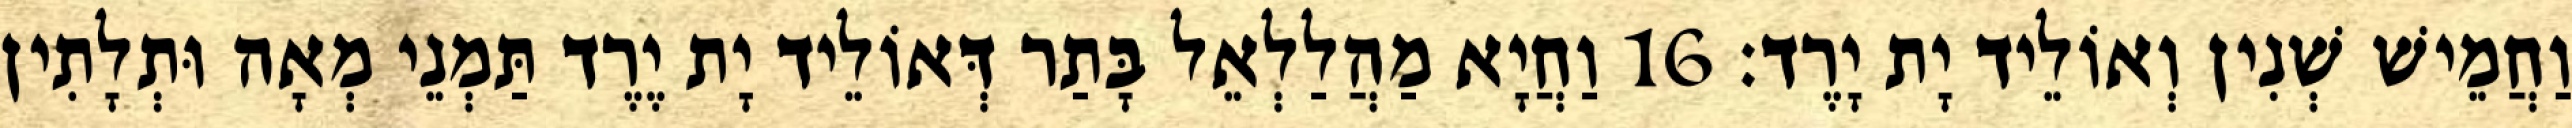
וַחֲמֵישׁ שְׁנִין וְאוֹלֵיד יָת יָרֶד׃ 16 וַחֲיָא מַהֲלַלְאֵל בָּתַר דְּאוֹלֵיד יָת יֶרֶד תַּמְנֵי מְאָה וּתְלָתִין